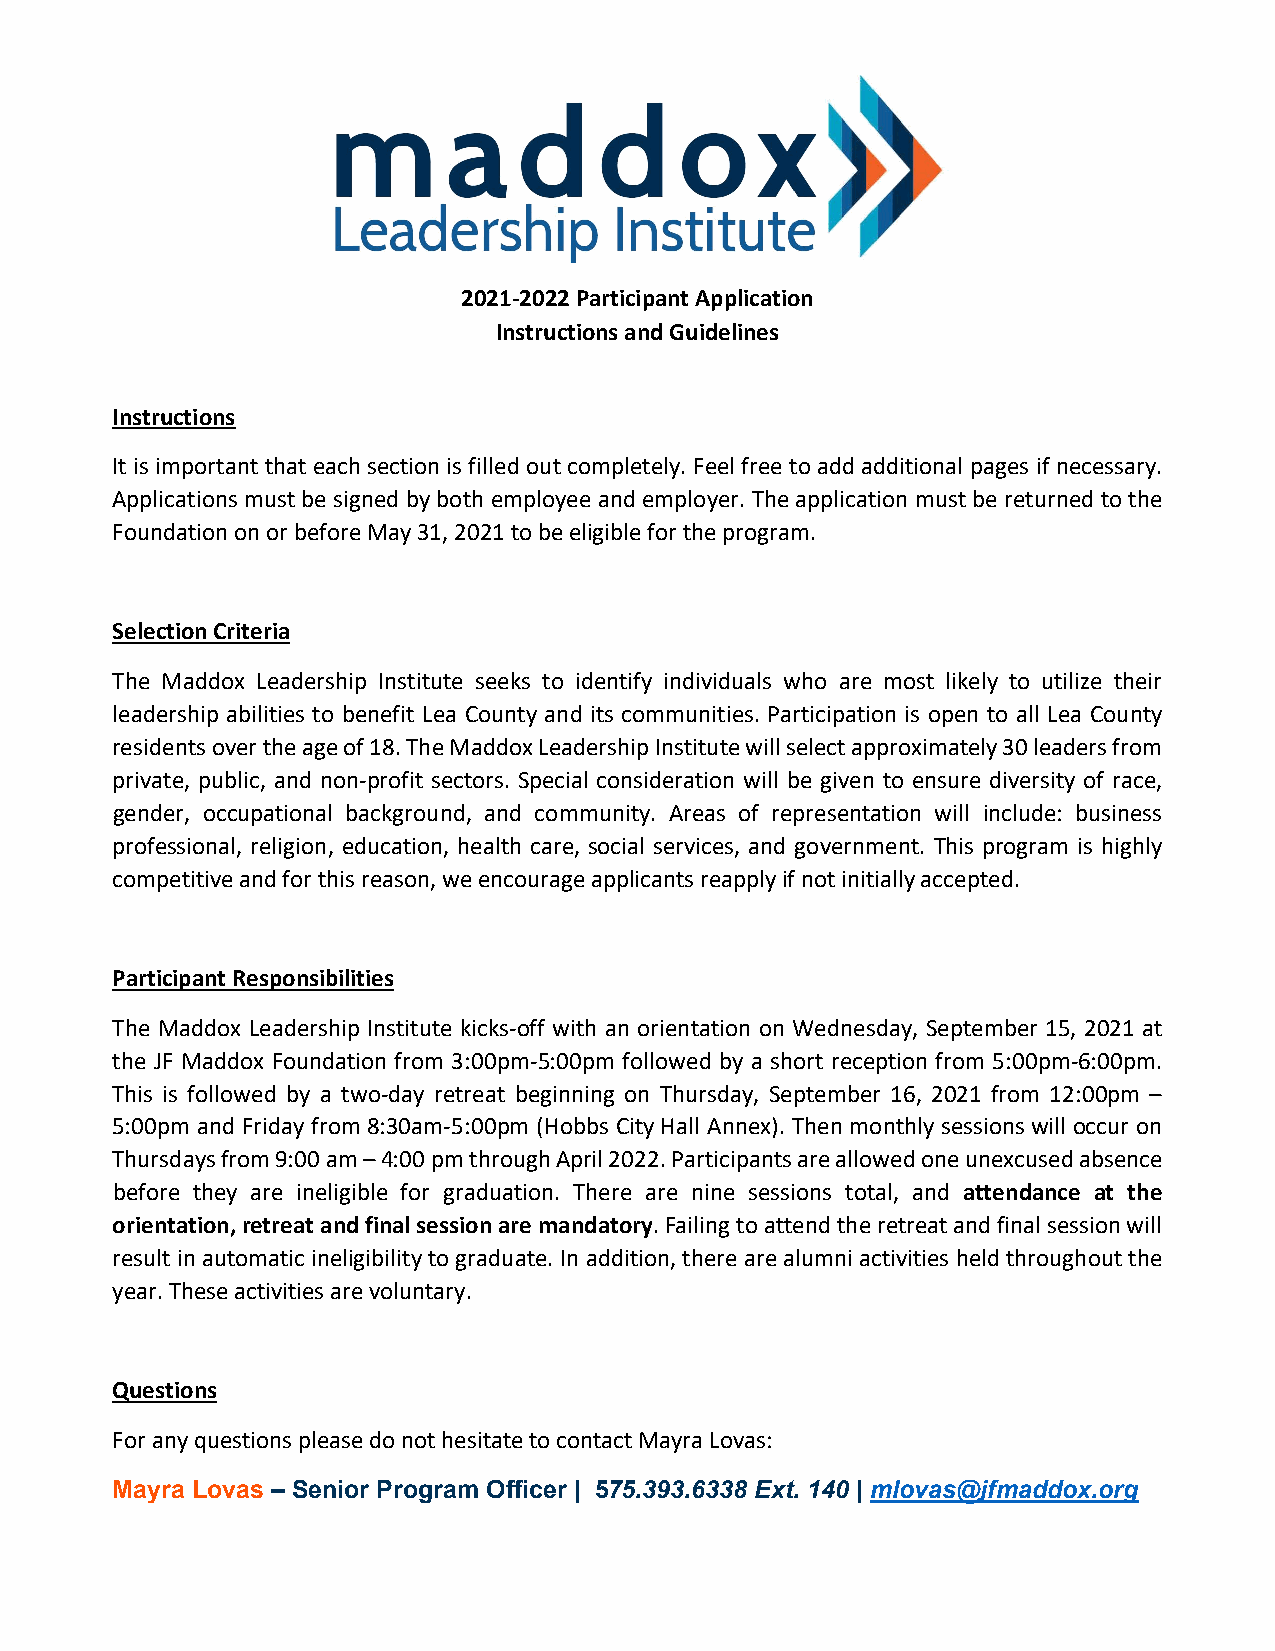
2021-2022 Participant Application
 Instructions and Guidelines
 Instructions
 It is important that each section is filled out completely. Feel free to add additional pages if necessary.
 Applications must be signed by both employee and employer. The application must be returned to the
 Foundation on or before May 31, 2021 to be eligible for the program.
 Selection Criteria
 The Maddox Leadership Institute seeks to identify individuals who are most likely to utilize their
 leadership abilities to benefit Lea County and its communities. Participation is open to all Lea County
 residents over the age of 18. The Maddox Leadership Institute will select approximately 30 leaders from
 private, public, and non-profit sectors. Special consideration will be given to ensure diversity of race,
 gender, occupational background, and community. Areas of representation will include: business
 professional, religion, education, health care, social services, and government. This program is highly
 competitive and for this reason, we encourage applicants reapply if not initially accepted.
 Participant Responsibilities
 The Maddox Leadership Institute kicks-off with an orientation on Wednesday, September 15, 2021 at
 the JF Maddox Foundation from 3:00pm-5:00pm followed by a short reception from 5:00pm-6:00pm.
 This is followed by a two-day retreat beginning on Thursday, September 16, 2021 from 12:00pm –
 5:00pm and Friday from 8:30am-5:00pm (Hobbs City Hall Annex). Then monthly sessions will occur on
 Thursdays from 9:00 am – 4:00 pm through April 2022. Participants are allowed one unexcused absence
 before they are ineligible for graduation. There are nine sessions total, and attendance at the
 orientation, retreat and final session are mandatory. Failing to attend the retreat and final session will
 result in automatic ineligibility to graduate. In addition, there are alumni activities held throughout the
 year. These activities are voluntary.
 Questions
 For any questions please do not hesitate to contact Mayra Lovas:
 Mayra Lovas – Senior Program Officer | 575.393.6338 Ext. 140 | mlovas@jfmaddox.org